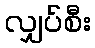
လျှပ်စီး